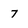
Character: 7